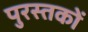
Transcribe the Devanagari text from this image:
पुरस्तकों